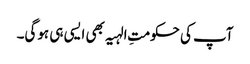
آپ کی حکومتِ الہیہ بھی ایسی ہی ہوگی۔